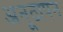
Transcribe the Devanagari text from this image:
अनूठापन